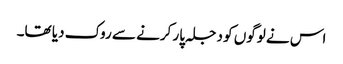
اس نے لوگوں کو دجلہ پار کرنے سے روک دیا تھا۔